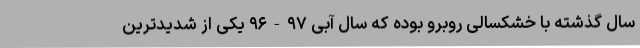
سال گذشته با خشکسالی روبرو بوده که سال آبی ۹۷-۹۶ یکی از شدیدترین